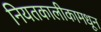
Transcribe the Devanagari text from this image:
नियतकालीकामधून